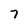
Character: 7